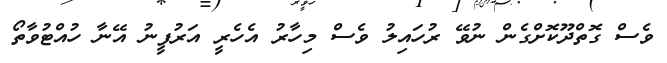
ވެސް ގޮތްދޫކޮށްގެން ނުވޭ ރުހައިލު ވެސް މިހާރު އެހެރީ އަރުފީނު އޭނާ ހުއްޓުވާތޯ